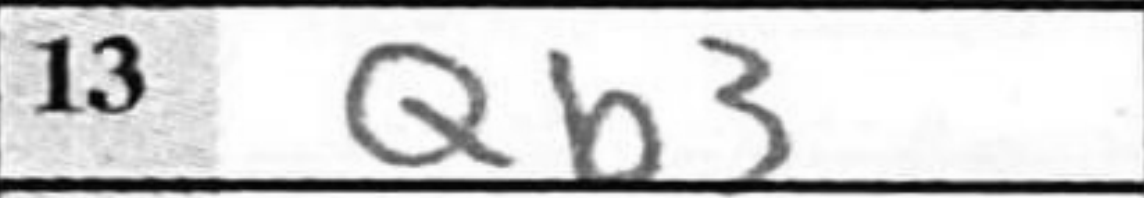
Transcription: Qb3